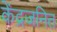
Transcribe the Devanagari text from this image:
केंद्रजनित